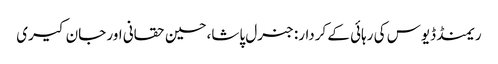
ریمنڈ ڈیوس کی رہائی کے کردار: جنرل پاشا،حسین حقانی اور جان کیری